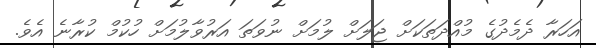
އަހަރާ ދެމެދުގެ މުއްދަތަކަށް ޖަލަށް ލުމަށް ނުވަތަ އަރުވާލުމަށް ހުކުމް ކުރާނެ އެވެ.